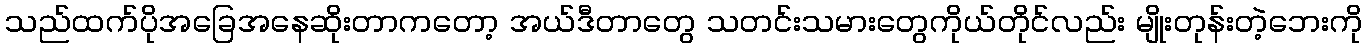
သည်ထက်ပိုအခြေအနေဆိုးတာကတော့ အယ်ဒီတာတွေ သတင်းသမားတွေကိုယ်တိုင်လည်း မျိုးတုန်းတဲ့ဘေးကို